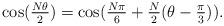
LaTeX: \begin{align*}\cos(\tfrac{N\theta}{2}) = \cos(\tfrac{N\pi}{6}+\tfrac{N}{2}(\theta-\tfrac{\pi}{3})).\end{align*}